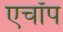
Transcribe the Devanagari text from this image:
एचॉप